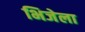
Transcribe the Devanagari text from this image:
भिजेला